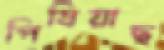
পিষিয়াছ